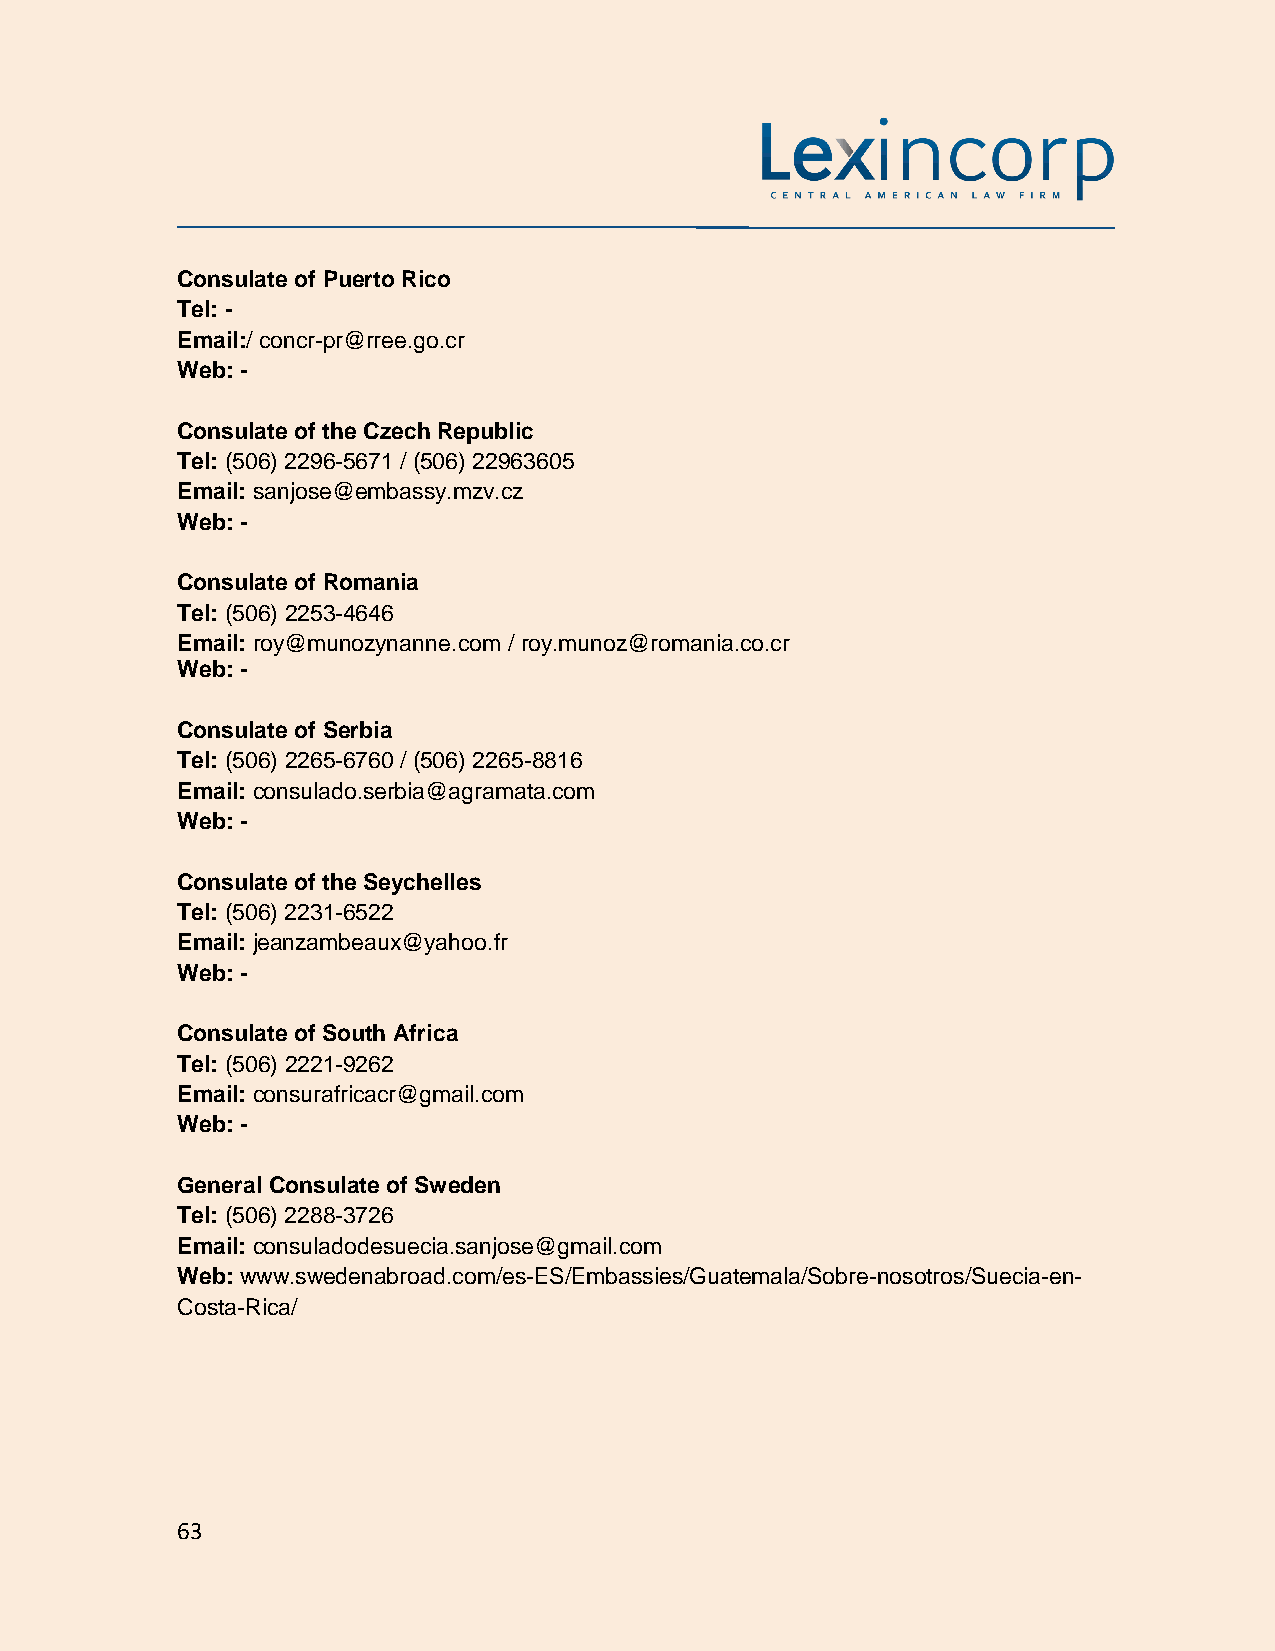
Consulate of Puerto Rico
 Tel: -
 Email:/ concr-pr@rree.go.cr
 Web: -
 Consulate of the Czech Republic
 Tel: (506) 2296-5671 / (506) 22963605
 Email: sanjose@embassy.mzv.cz
 Web: -
 Consulate of Romania
 Tel: (506) 2253-4646
 Email: roy@munozynanne.com / roy.munoz@romania.co.cr
 Web: -
 Consulate of Serbia
 Tel: (506) 2265-6760 / (506) 2265-8816
 Email: consulado.serbia@agramata.com
 Web: -
 Consulate of the Seychelles
 Tel: (506) 2231-6522
 Email: jeanzambeaux@yahoo.fr
 Web: -
 Consulate of South Africa
 Tel: (506) 2221-9262
 Email: consurafricacr@gmail.com
 Web: -
 General Consulate of Sweden
 Tel: (506) 2288-3726
 Email: consuladodesuecia.sanjose@gmail.com
 Web: www.swedenabroad.com/es-ES/Embassies/Guatemala/Sobre-nosotros/Suecia-en-
 Costa-Rica/
 63